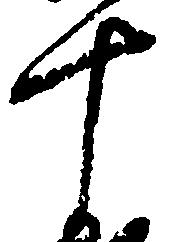
十